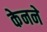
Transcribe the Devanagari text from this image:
केनने